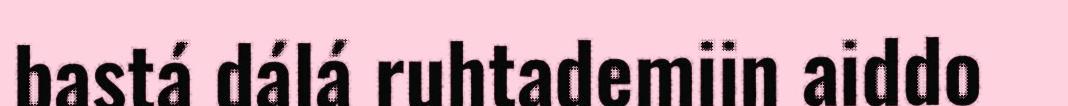
bastá dálá ruhtademiin aiddo